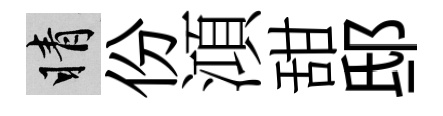
睛份澒甜邸